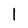
Character: 1